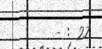
- : 27